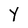
Character: Y